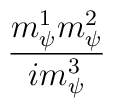
\frac{m^{1}_{\psi}m^{2}_{\psi}}{im^{3}_{\psi}}